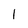
Character: 1